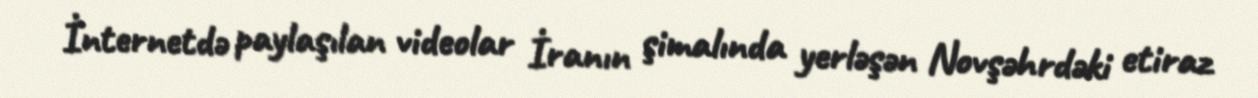
İnternetdə paylaşılan videolar İranın şimalında yerləşən Novşəhrdəki etiraz